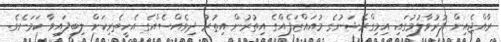
ރާއްޖެއިން ފުރުވާލުމުގައި އިމިގްރޭޝަނުގެ މުއައްޒަފެއްގެ އިތުރުން އިތުރު ދިވެއްސެއްގެ އެހީތެރިކަން ލިބިފައިވާ ކަމަށެވެ.